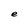
Character: e